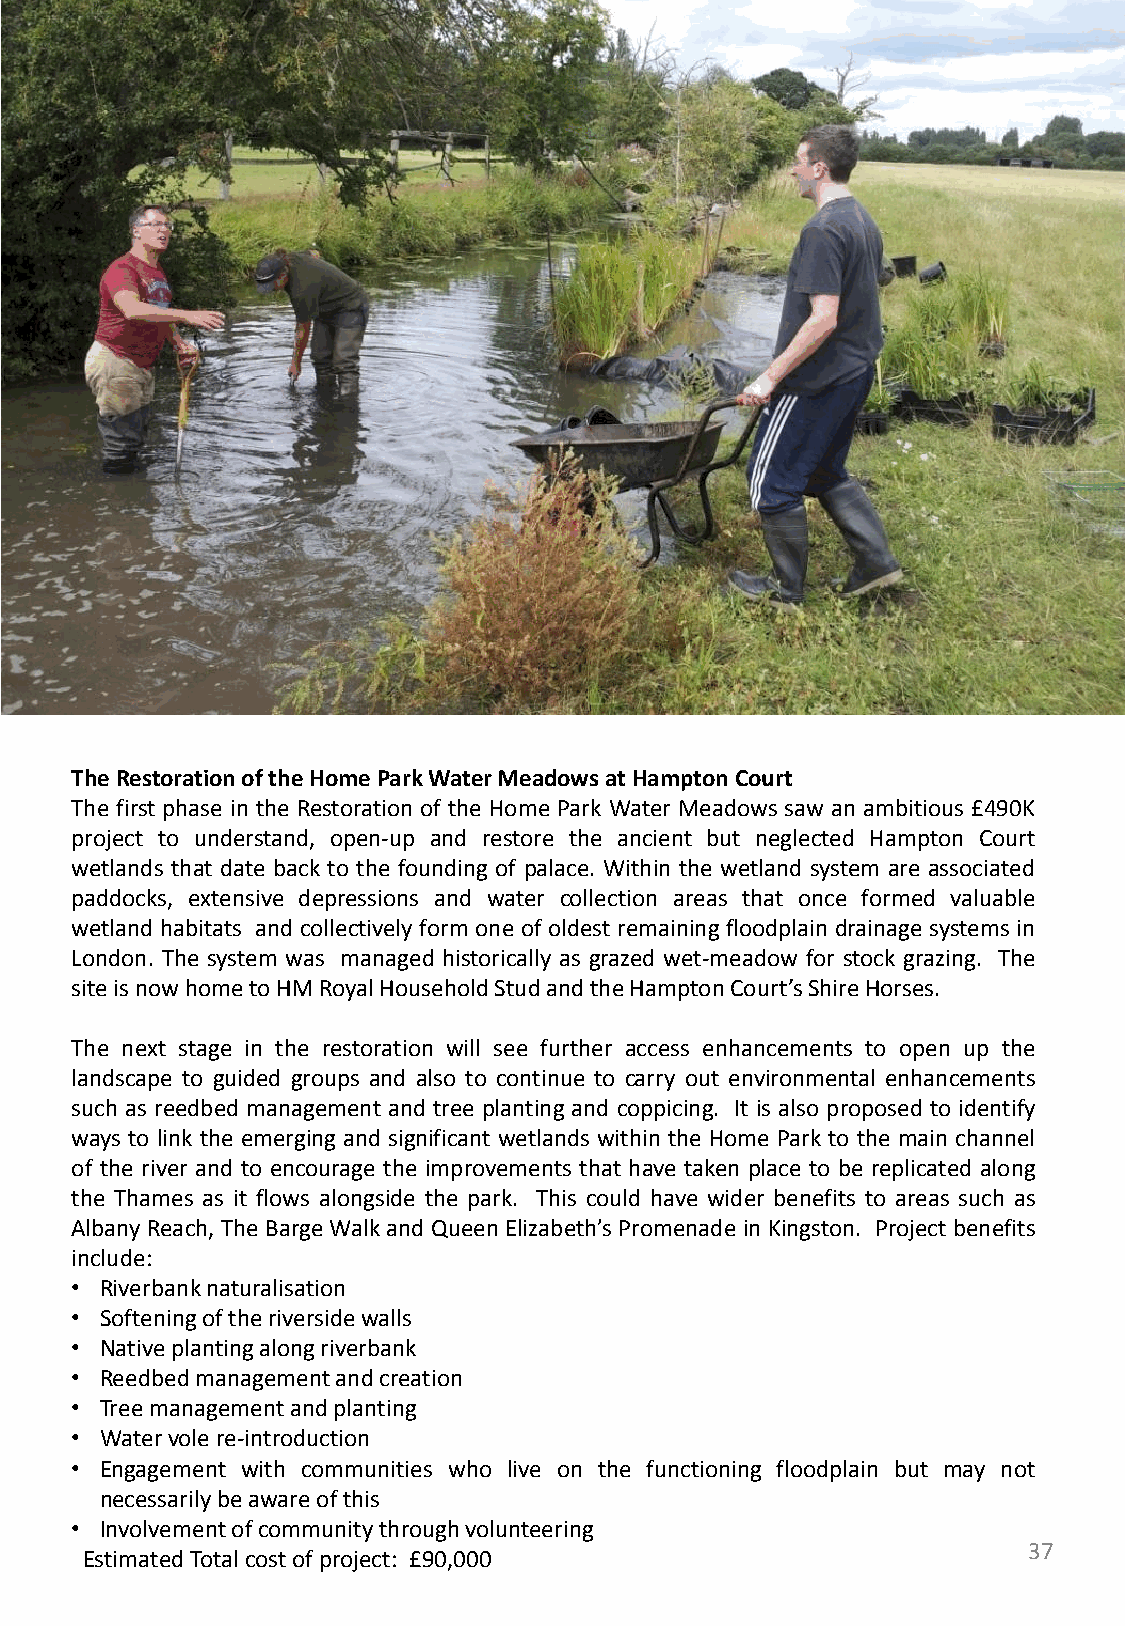
TheRestorationoftheHomeParkWaterMeadowsatHamptonCourt
 The first phase in the Restoration of the Home Park Water Meadows saw an ambitious £490K
 project to understand, open-up and restore the ancient but neglected Hampton Court
 wetlands that date back to the founding of palace. Within the wetland system are associated
 paddocks, extensive depressions and water collection areas that once formed valuable
 wetland habitats and collectively form one of oldest remaining floodplain drainage systems in
 London. The system was managed historically as grazed wet-meadow for stock grazing. The
 siteisnowhometoHMRoyalHouseholdStudandtheHamptonCourt’sShireHorses.
 The next stage in the restoration will see further access enhancements to open up the
 landscape to guided groups and also to continue to carry out environmental enhancements
 such as reedbed management and tree planting and coppicing. It is also proposed to identify
 ways to link the emerging and significant wetlands within the Home Park to the main channel
 of the river and to encourage the improvements that have taken place to be replicated along
 the Thames as it flows alongside the park. This could have wider benefits to areas such as
 Albany Reach, The Barge Walk and Queen Elizabeth’s Promenade in Kingston. Project benefits
 include:
 • Riverbanknaturalisation
 • Softeningoftheriversidewalls
 • Nativeplantingalongriverbank
 • Reedbedmanagementandcreation
 • Treemanagementandplanting
 • Watervolere-introduction
 • Engagement with communities who live on the functioning floodplain but may not
 necessarilybeawareofthis
 • Involvementofcommunitythroughvolunteering
 37
 EstimatedTotalcostofproject: £90,000